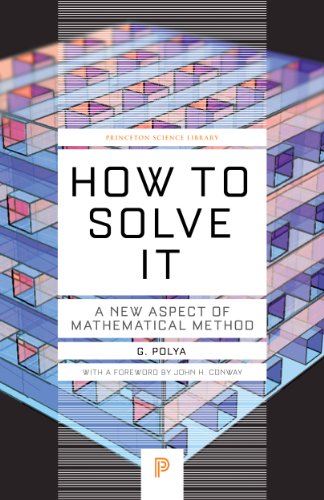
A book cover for How to Solve It: A New Aspect of Mathematical Method (Princeton Science Library); G. Polya; Science & Math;